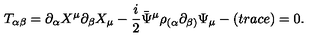
T _ { \alpha \beta } = \partial _ { \alpha } X ^ { \mu } \partial _ { \beta } X _ { \mu } - \frac { i } { 2 } \bar { \Psi } ^ { \mu } \rho _ { ( \alpha } \partial _ { \beta ) } \Psi _ { \mu } - ( t r a c e ) = 0 .